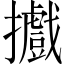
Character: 𢹍